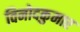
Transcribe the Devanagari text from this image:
विनोदकुमार